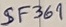
Text: SF369